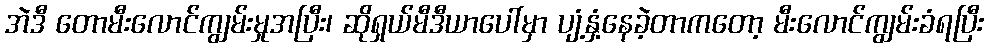
အဲဒီ တောမီးလောင်ကျွမ်းမှုအပြီး၊ ဆိုရှယ်မီဒီယာပေါ်မှာ ပျံ့နှံ့နေခဲ့တာကတော့ မီးလောင်ကျွမ်းခံရပြီး